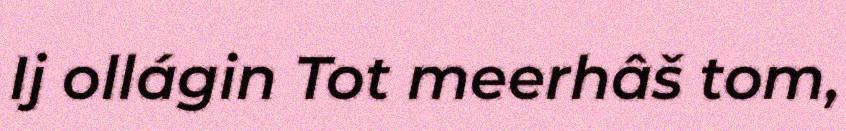
Ij ollágin Tot meerhâš tom,